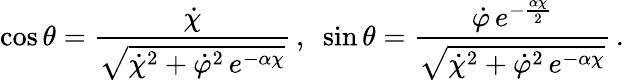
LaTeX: \cos\theta=\frac{\dot{\chi}}{\sqrt{\dot{\chi}^{2}+\dot{\varphi}^{2}\, e^{-\alpha\chi}}}\, ,\, \, \, \sin\theta=\frac{\dot{\varphi}\, e^{-\frac{\alpha\chi}{2}}}{\sqrt{\dot{\chi}^{2}+\dot{\varphi}^{2}\, e^{-\alpha\chi}}}\, .